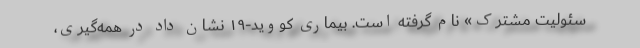
سئولیت مشترک» نام‌ گرفته است. بیماری کووید-۱۹ نشان داد در همه‌گیری،